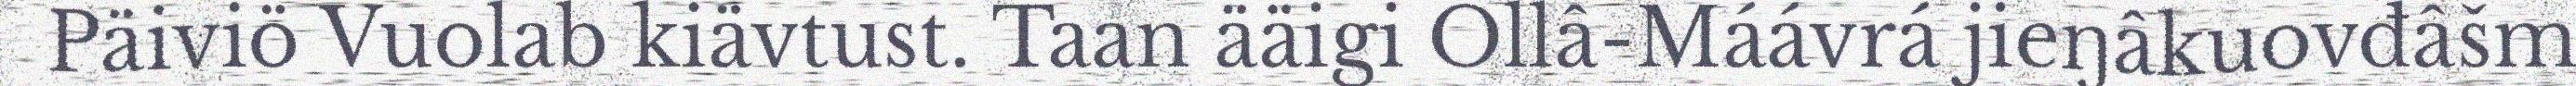
Päiviö Vuolab kiävtust. Taan ääigi Ollâ-Máávrá jieŋâkuovđâšm